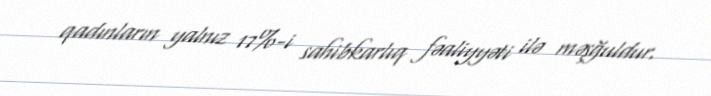
qadınların yalnız 17%-i sahibkarlıq fəaliyyəti ilə məşğuldur.